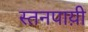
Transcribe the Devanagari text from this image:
स्तनपाय़ी